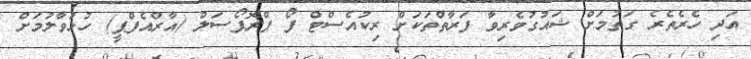
އަދި ހެރެތެރެ ގަތުމަށް ޝައުގުވެރިވާ ފަރާތްތަކަށް ރިކުއެސްޓް ފޯ ޕްރޮޕޯސަލް (އާރްއެފްޕީ) ހުޅުވާލުމަށް